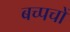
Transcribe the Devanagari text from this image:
बच्पचों